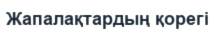
Жапалақтардың қорегі